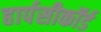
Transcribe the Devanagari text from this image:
हार्पसीकॉर्ड